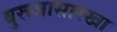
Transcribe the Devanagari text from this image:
बुरूजासारखा